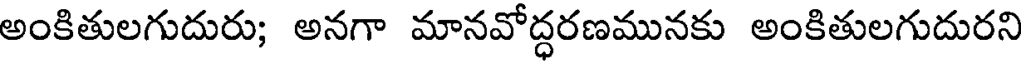
అంకితులగుదురు; అనగా మానవోద్ధరణమునకు అంకితులగుదురని